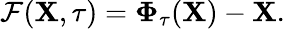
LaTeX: \mathcal{F}(\mathbf{X},\tau)=\boldsymbol{\Phi}_{\tau}(\mathbf{X})-\mathbf{X}.